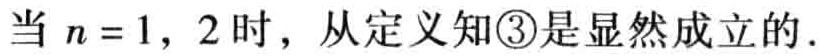
当 \(n = 1,2\) 时，从定义知\textcircled{3}是显然成立的.